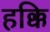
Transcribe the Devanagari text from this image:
हक्कि